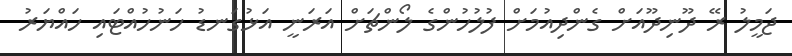
ޖަމީލު ރޭ ދޫނިދޫއަށް ގެންދިއުމަށް ފުލުހުންގެ ލޯންޗަށް އަރަނީ އަޅުގަނޑު ހަނުހުއްޓައި ހައްޔަރު